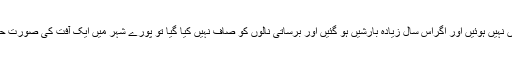
انہوں نے خبردار کرتے ہوئے کہاکہ خوش قسمتی سے گزشتہ سال زیادہ بارشیں نہیں ہوئیں اور اگراس سال زیادہ بارشیں ہو گئیں اور برساتی نالوں کو صاف نہیں کیا گیا تو پورے شہر میں ایک آفت کی صورت حال پیدا ہوجائے گی جس سے نمٹنے کے لیے پیشگی اقدامات کی ضرورت ہے۔